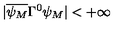
| \overline { { \psi _ { M } } } \Gamma ^ { 0 } \psi _ { M } | < + \infty